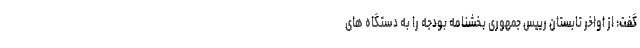
گفت: از اواخر تابستان رییس جمهوری بخشنامه بودجه را به دستگاه های